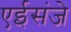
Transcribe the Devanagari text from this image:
एईसंजे